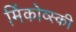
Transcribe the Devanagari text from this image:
मिंकोव्स्की